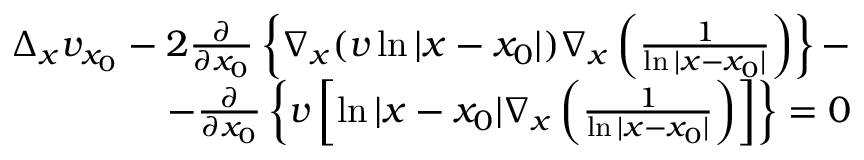
\begin{array} { r l r } & { } & { \Delta _ { x } v _ { x _ { 0 } } - 2 \frac { \partial } { \partial x _ { 0 } } \left\{ \nabla _ { x } ( v \ln { | x - x _ { 0 } | } ) \nabla _ { x } \left( \frac { 1 } { \ln { | x - x _ { 0 } | } } \right) \right\} - } \\ & { } & { - \frac { \partial } { \partial x _ { 0 } } \left\{ v \left[ \ln { | x - x _ { 0 } | } \nabla _ { x } \left( \frac { 1 } { \ln { | x - x _ { 0 } | } } \right) \right] \right\} = 0 } \end{array}